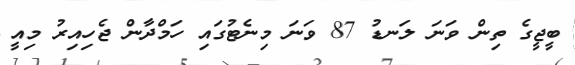
ބީޖީގެ ތިން ވަނަ ލަނޑު 87 ވަނަ މިނެޓުގައި ހަމްދާން ޖެހިިއިރު މިއީ